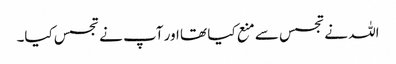
اللہ نے تجسس سے منع کیا تھا اور آپ نے تجسس کیا۔